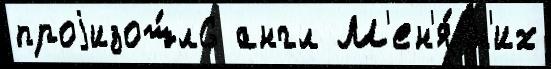
проjизош́л6 англ М'ен'я́ н'их